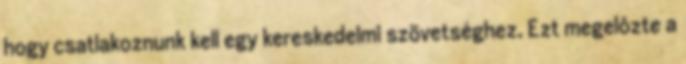
hogy csatlakoznunk kell egy kereskedelmi szövetséghez. Ezt megelôzte a